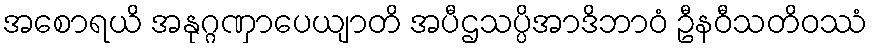
အစောရယိ အနုဂ္ဂဏှာပေယျာတိ အပီဌသပ္ပိအာဒိဘာဝံ ဦနဝီသတိဝဿံ